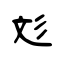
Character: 彣